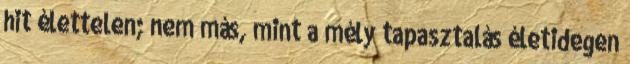
hit élettelen; nem más, mint a mély tapasztalás életidegen